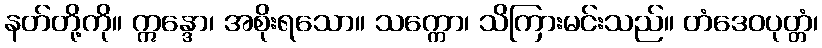
နတ်တို့ကို။ ဣန္ဒော၊ အစိုးရသော။ သက္ကော၊ သိကြားမင်းသည်။ တံဒေဝပုတ္တံ၊